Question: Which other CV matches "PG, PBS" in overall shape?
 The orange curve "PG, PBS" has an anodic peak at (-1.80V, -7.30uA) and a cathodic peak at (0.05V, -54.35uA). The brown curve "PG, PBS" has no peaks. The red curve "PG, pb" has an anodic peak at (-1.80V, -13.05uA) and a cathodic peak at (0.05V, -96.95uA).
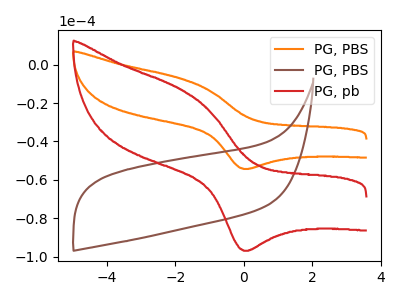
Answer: <think>"PG, PBS" and "PG, PBS" have a different number of peaks. All the peaks in "PG, PBS" have a peak in "PG, pb" at the same potential. "PG, PBS" and "PG, pb" have a different number of peaks.
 </think>
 <answer>The CV with the most similar shape to "PG, pb" is "PG, PBS".</answer>
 <eval>"PG, PBS"</eval>